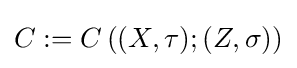
C:=C\left((X,\tau );(Z,\sigma )\right)